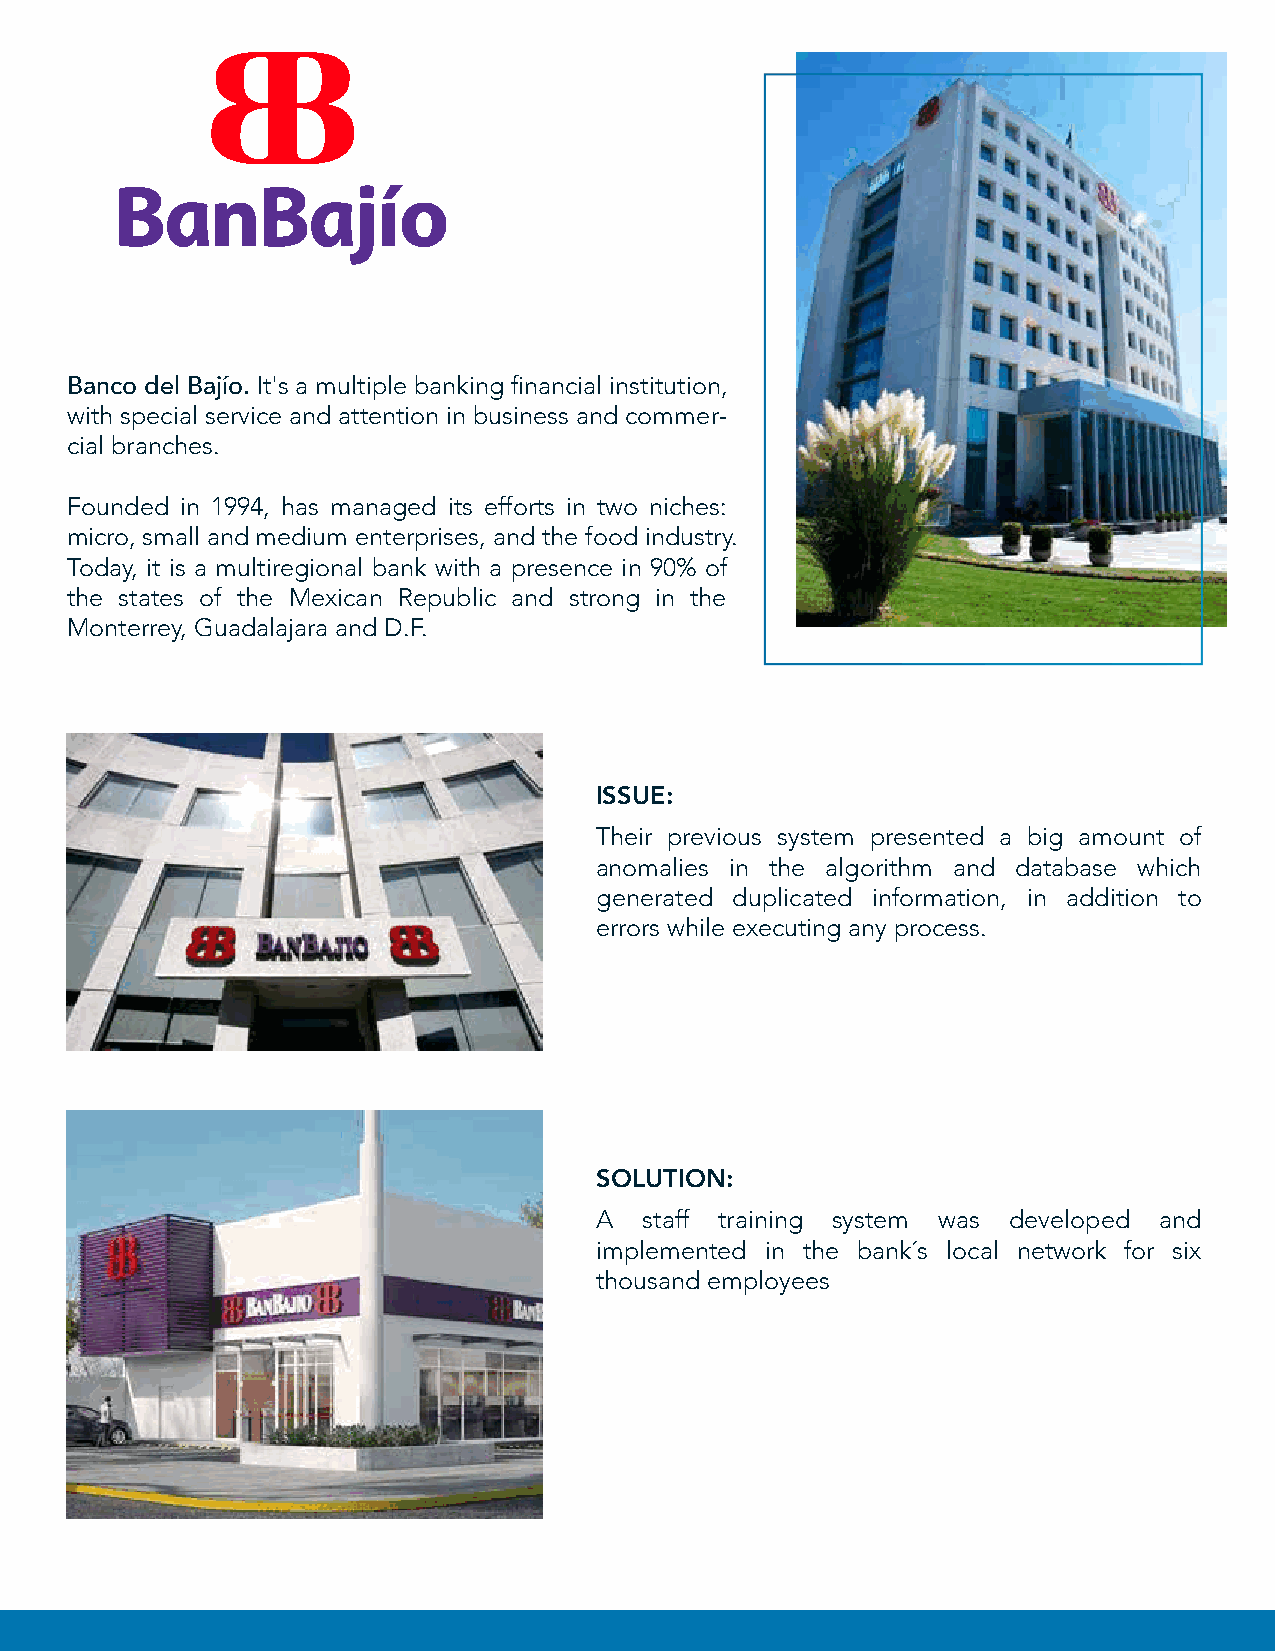
Banco del Bajío. It's a multiple banking financial institution,
 with special service and attention in business and commer-
 cial branches.
 Founded in 1994, has managed its efforts in two niches:
 micro, small and medium enterprises, and the food industry.
 Today, it is a multiregional bank with a presence in 90% of
 the states of the Mexican Republic and strong in the
 Monterrey, Guadalajara and D.F.
 ISSUE:
 Their previous system presented a big amount of
 anomalies in the algorithm and database which
 generated duplicated information, in addition to
 errors while executing any process.
 SOLUTION:
 A   staff training system was developed and
 implemented in the bank´s local network for six
 thousand employees